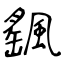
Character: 颻